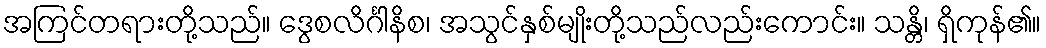
အကြင်တရားတို့သည်။ ဒွေစလိင်္ဂါနိစ၊ အသွင်နှစ်မျိုးတို့သည်လည်းကောင်း။ သန္တိ၊ ရှိကုန်၏။